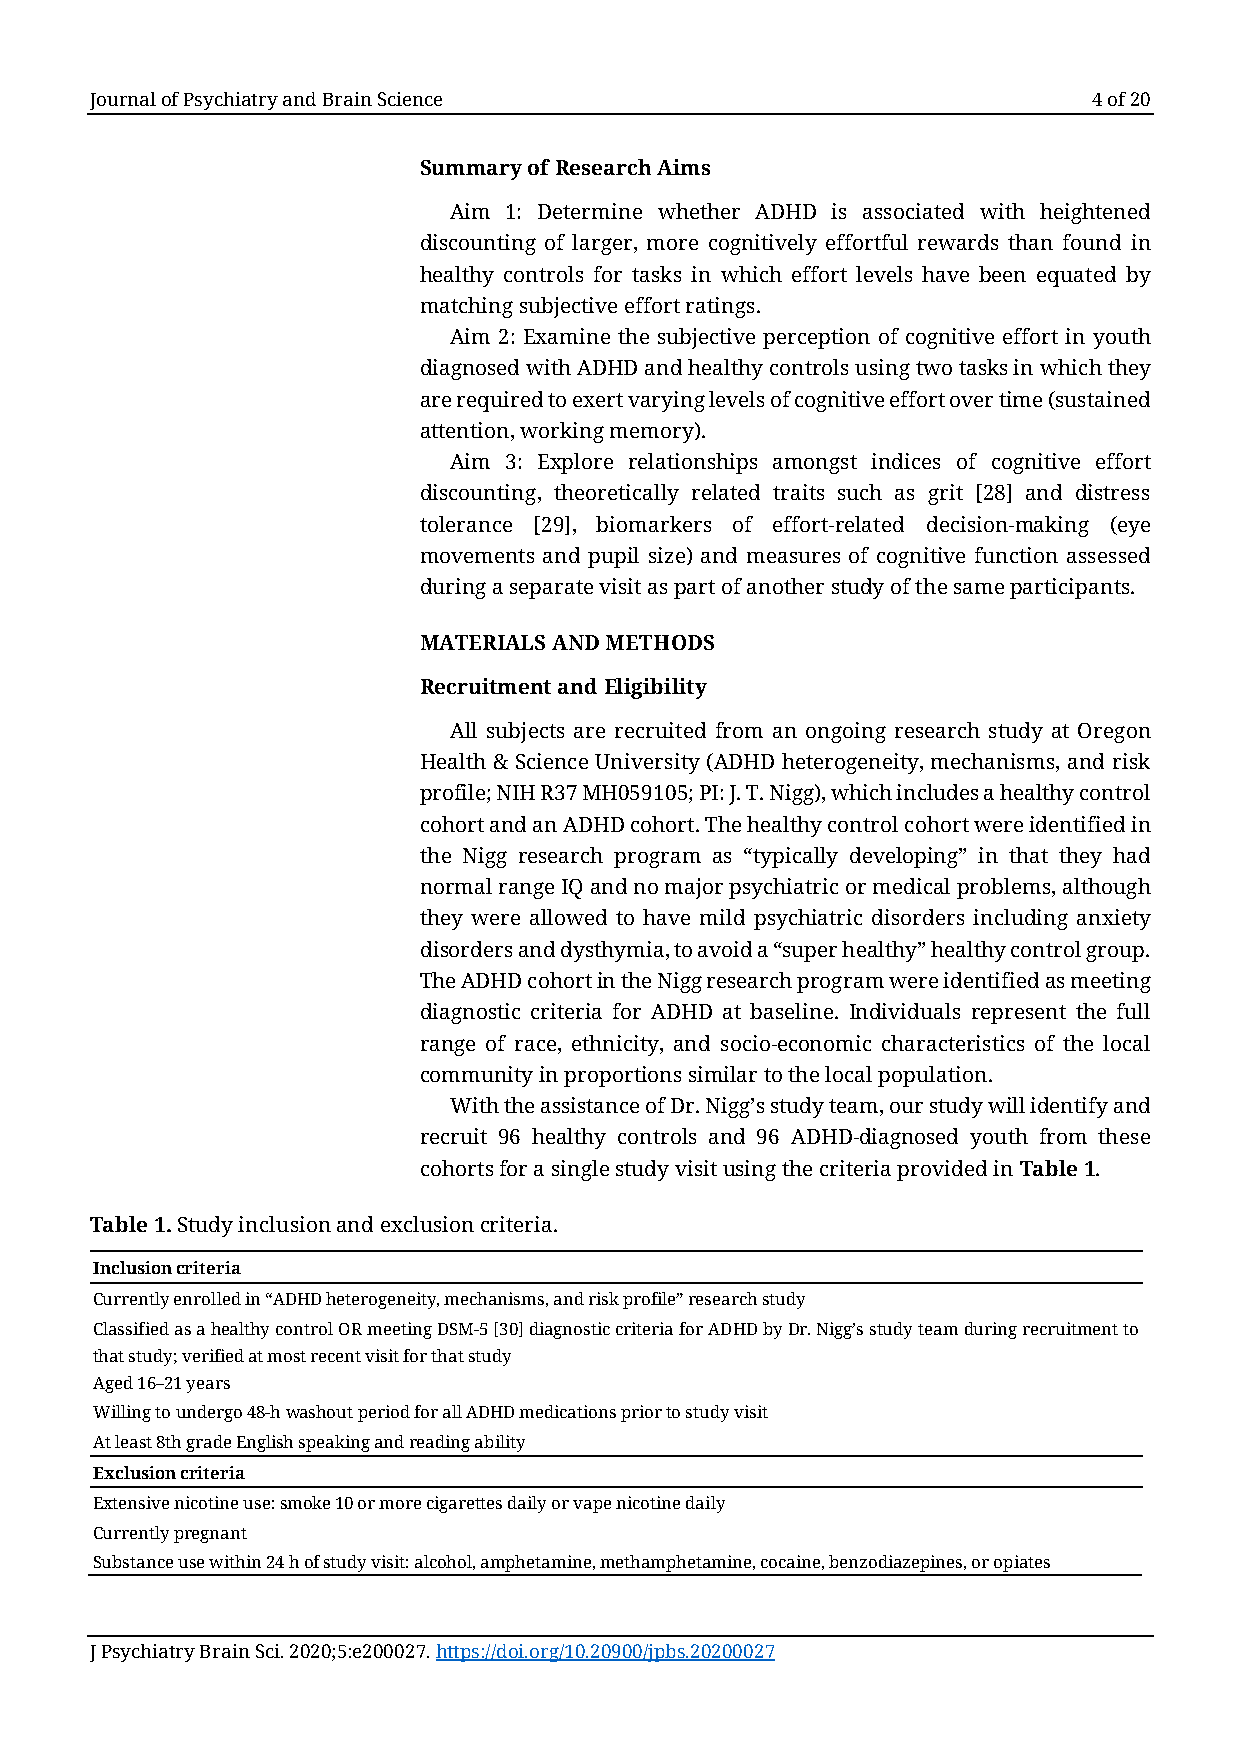
Journal of Psychiatry and Brain Science                           4 of 20
 Summary of Research Aims
 Aim 1: Determine whether ADHD is associated with heightened
 discounting of larger, more cognitively effortful rewards than found in
 healthy controls for tasks in which effort levels have been equated by
 matching subjective effort ratings.
 Aim 2: Examine the subjective perception of cognitive effort in youth
 diagnosed with ADHD and healthy controls using two tasks in which they
 are required to exert varying levels of cognitive effort over time (sustained
 attention, working memory).
 Aim 3: Explore relationships amongst indices of cognitive effort
 discounting, theoretically related traits such as grit [28] and distress
 tolerance [29], biomarkers of effort-related decision-making (eye
 movements and pupil size) and measures of cognitive function assessed
 during a separate visit as part of another study of the same participants.
 MATERIALS AND METHODS
 Recruitment and Eligibility
 All subjects are recruited from an ongoing research study at Oregon
 Health & Science University (ADHD heterogeneity, mechanisms, and risk
 profile; NIH R37 MH059105; PI: J. T. Nigg), which includes a healthy control
 cohort and an ADHD cohort. The healthy control cohort were identified in
 the Nigg research program as “typically developing” in that they had
 normal range IQ and no major psychiatric or medical problems, although
 they were allowed to have mild psychiatric disorders including anxiety
 disorders and dysthymia, to avoid a “super healthy” healthy control group.
 The ADHD cohort in the Nigg research program were identified as meeting
 diagnostic criteria for ADHD at baseline. Individuals represent the full
 range of race, ethnicity, and socio-economic characteristics of the local
 community in proportions similar to the local population.
 With the assistance of Dr. Nigg’s study team, our study will identify and
 recruit 96 healthy controls and 96 ADHD-diagnosed youth from these
 cohorts for a single study visit using the criteria provided in Table 1.
 Table 1. Study inclusion and exclusion criteria.
 Inclusion criteria
 Currently enrolled in “ADHD heterogeneity, mechanisms, and risk profile” research study
 Classified as a healthy control OR meeting DSM-5 [30] diagnostic criteria for ADHD by Dr. Nigg’s study team during recruitment to
 that study; verified at most recent visit for that study
 Aged 16–21 years
 Willing to undergo 48-h washout period for all ADHD medications prior to study visit
 At least 8th grade English speaking and reading ability
 Exclusion criteria
 Extensive nicotine use: smoke 10 or more cigarettes daily or vape nicotine daily
 Currently pregnant
 Substance use within 24 h of study visit: alcohol, amphetamine, methamphetamine, cocaine, benzodiazepines, or opiates
 J Psychiatry Brain Sci. 2020;5:e200027. https://doi.org/10.20900/jpbs.20200027